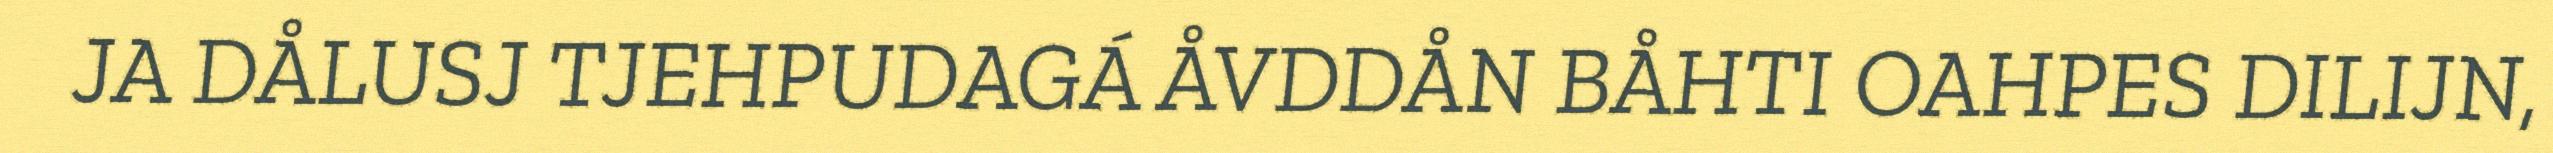
JA DÅLUSJ TJEHPUDAGÁ ÅVDDÅN BÅHTI OAHPES DILIJN,